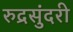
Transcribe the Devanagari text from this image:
रुद्रसुंदरी